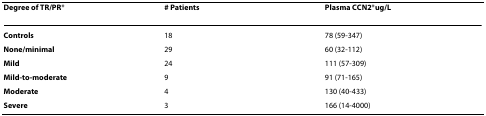
<table><thead><tr><td><b>Degree of TR/PR*</b></td><td><b># Patients</b></td><td><b>Plasma CCN2*ug/L</b></td></tr></thead><tbody><tr><td><b>Controls</b></td><td>18</td><td>78 (59-347)</td></tr><tr><td><b>None/minimal</b></td><td>29</td><td>60 (32-112)</td></tr><tr><td><b>Mild</b></td><td>24</td><td>111 (57-309)</td></tr><tr><td><b>Mild-to-moderate</b></td><td>9</td><td>91 (71-165)</td></tr><tr><td><b>Moderate</b></td><td>4</td><td>130 (40-433)</td></tr><tr><td><b>Severe</b></td><td>3</td><td>166 (14-4000)</td></tr></tbody></table>